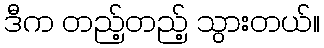
ဒီက တည့်တည့် သွားတယ်။